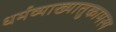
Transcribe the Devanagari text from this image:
धर्मव्याख्यातुकामस्य